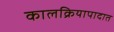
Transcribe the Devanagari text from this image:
कालक्रियापादात